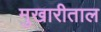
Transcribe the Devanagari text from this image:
मुखारीताल